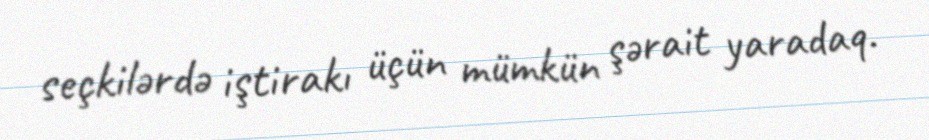
seçkilərdə iştirakı üçün mümkün şərait yaradaq.